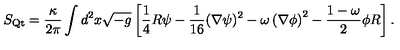
S _ { \mathrm { Q t } } = \frac { \kappa } { 2 \pi } \int d ^ { 2 } x \/ \sqrt { - g } \left[ \frac 1 4 R \psi - \frac { 1 } { 1 6 } ( \nabla \psi ) ^ { 2 } - \omega \left( \nabla \phi \right) ^ { 2 } - \frac { 1 - \omega } { 2 } \phi R \right] .